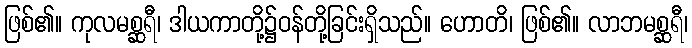
ဖြစ်၏။ ကုလမစ္ဆရီ၊ ဒါယကာတို့၌ဝန်တို့ခြင်းရှိသည်။ ဟောတိ၊ ဖြစ်၏။ လာဘမစ္ဆရီ၊